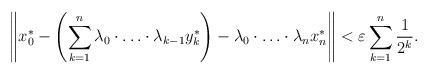
LaTeX: \begin{align*} \left\| x_{0}^{\ast} - \left(\sum_{k=1}^{n}{\lambda_{0} \cdot \ldots \cdot \lambda_{k-1} y_{k}^{\ast}}\right) - \lambda_{0}\cdot \ldots \cdot \lambda_{n} x_{n}^{\ast} \right\| < \varepsilon \sum_{k=1}^{n}{\frac{1}{2^{k}}}. \end{align*}